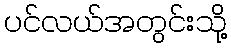
ပင်လယ်အတွင်းသို့